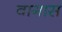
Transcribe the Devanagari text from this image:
वागास